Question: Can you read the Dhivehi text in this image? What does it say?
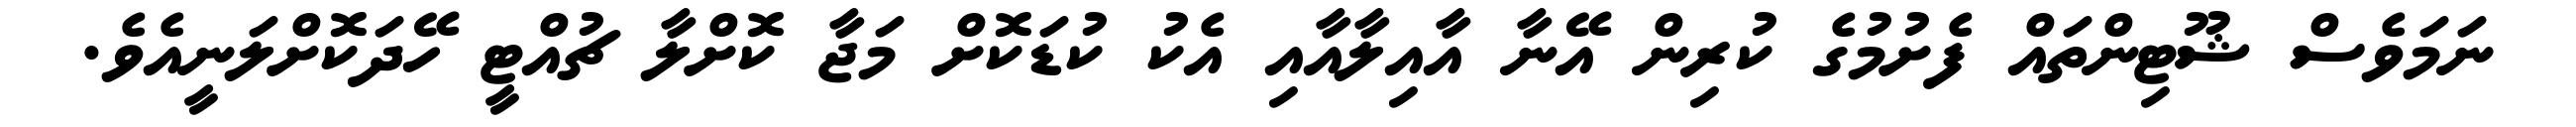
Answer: ނަމަވެސް ޝޫޓިންތައް ފެށުމުގެ ކުރިން އޭނާ އާއިލާއާއި އެކު ކުޑަކޮށް މަޖާ ކޮށްލާ ޗުއްޓީ ހޭދަކޮށްލަނީއެވެ.